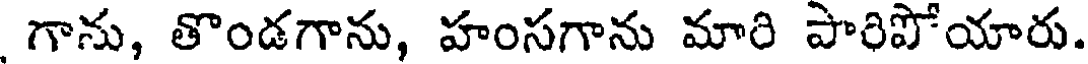
గాను, తొండగాను, హంసగాను మారి పారిపోయారు.